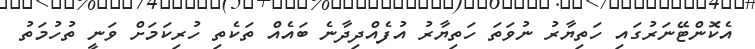
އެކޮންޓޭނަރުގައި ހަތިޔާރު ނުވަތަ ހަތިޔާރު އުފެއްދިދާނެ ބައެއް ތަކެތި ހުރިކަމަށް ވަނީ ތުހުމަތު